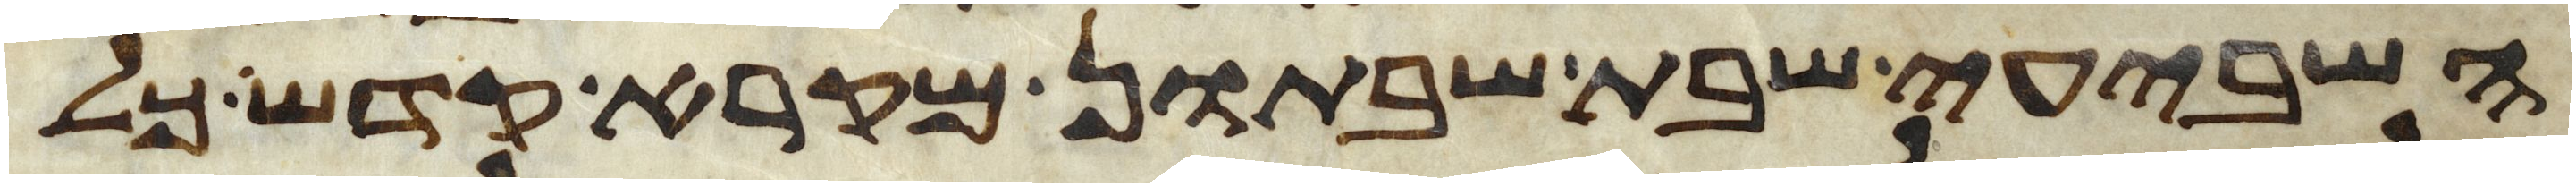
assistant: השביעי שבת שבתון מקרא קדש כל